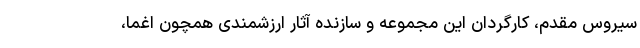
سیروس مقدم، کارگردان این مجموعه و سازنده آثار ارزشمندی همچون اغما،